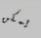
يمكن